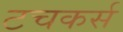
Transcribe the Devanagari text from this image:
टचकर्स